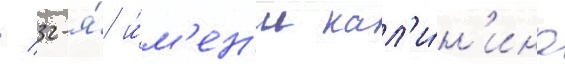
/ 32-я́ и́м'ен'и кал'и́н'ина